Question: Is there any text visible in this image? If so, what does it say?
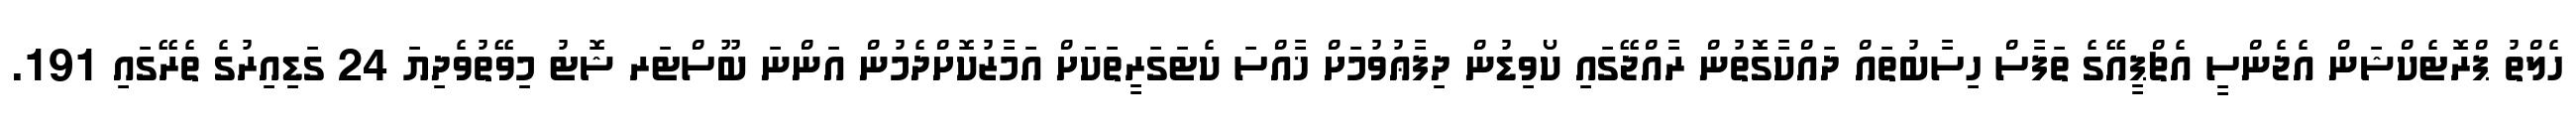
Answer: ހެލްތު ޕްރޮޓެކްޝަން އެޖެންސީ އެޗްޕީއޭގެ ތަފާސް ހިސާބުތައް ދައްކާގޮތުން ރާއްޖޭގައި ކޯވިޑުން ދިފާޢުވުމަށް ޚާއްސަ ކެޓަގަރީތަކަށް އަމާޒުކޮށްދެމުން އަންނަ ބޫސްޓަރ ޝޮޓު މިވޭތުވެދިޔަ 24 ގަޑިއިރުގެ ތެރޭގައި 191.